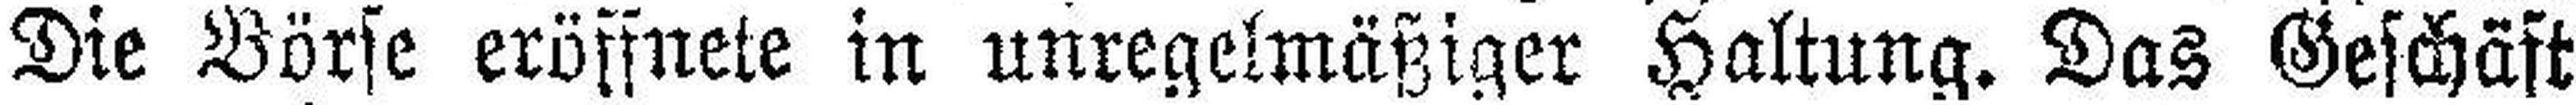
Die Börse eröffnete in unregelmäßiger Haltung. Das Geschäft